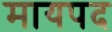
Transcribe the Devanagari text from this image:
मायपद